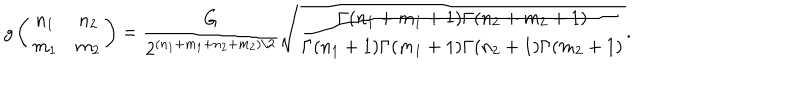
g \left( \begin{array} { c c } { { n _ { 1 } } } & { { n _ { 2 } } } \\ { { m _ { 1 } } } & { { m _ { 2 } } } \\ \end{array} \right) = \frac { G } { 2 ^ { ( n _ { 1 } + m _ { 1 } + n _ { 2 } + m _ { 2 } ) / 2 } } \sqrt { \frac { \Gamma ( n _ { 1 } + m _ { 1 } + 1 ) \Gamma ( n _ { 2 } + m _ { 2 } + 1 ) } { \Gamma ( n _ { 1 } + 1 ) \Gamma ( m _ { 1 } + 1 ) \Gamma ( n _ { 2 } + 1 ) \Gamma ( m _ { 2 } + 1 ) } } .